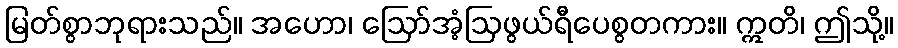
မြတ်စွာဘုရားသည်။ အဟော၊ ဩော်အံ့ဩဖွယ်ရီပေစွတကား။ ဣတိ၊ ဤသို့။